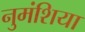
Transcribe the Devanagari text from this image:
नुमंशिया